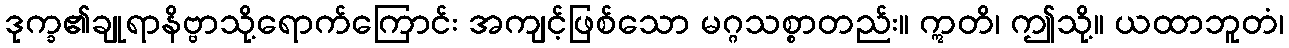
ဒုက္ခ၏ချုရာနိဗ္ဗာသို့ရောက်ကြောင်း အကျင့်ဖြစ်သော မဂ္ဂသစ္စာတည်း။ ဣတိ၊ ဤသို့။ ယထာဘူတံ၊